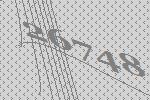
26748